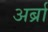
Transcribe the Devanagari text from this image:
अर्ब्रा